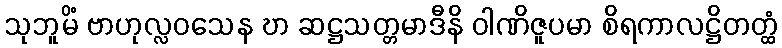
သုဘူမိံ ဗာဟုလ္လဝသေန ဎာ ဆဋ္ဌသတ္တမာဒီနိ ဝါဏိဇူပမာ စိရကာလဋ္ဌိတတ္ထံ